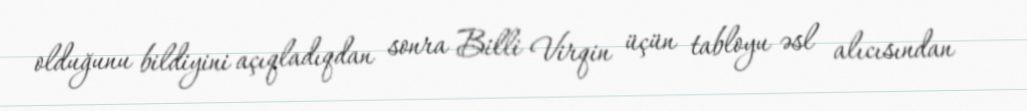
olduğunu bildiyini açıqladıqdan sonra Billi Virqin üçün tabloyu əsl alıcısından